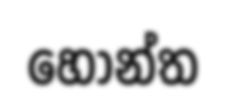
හොන්ත